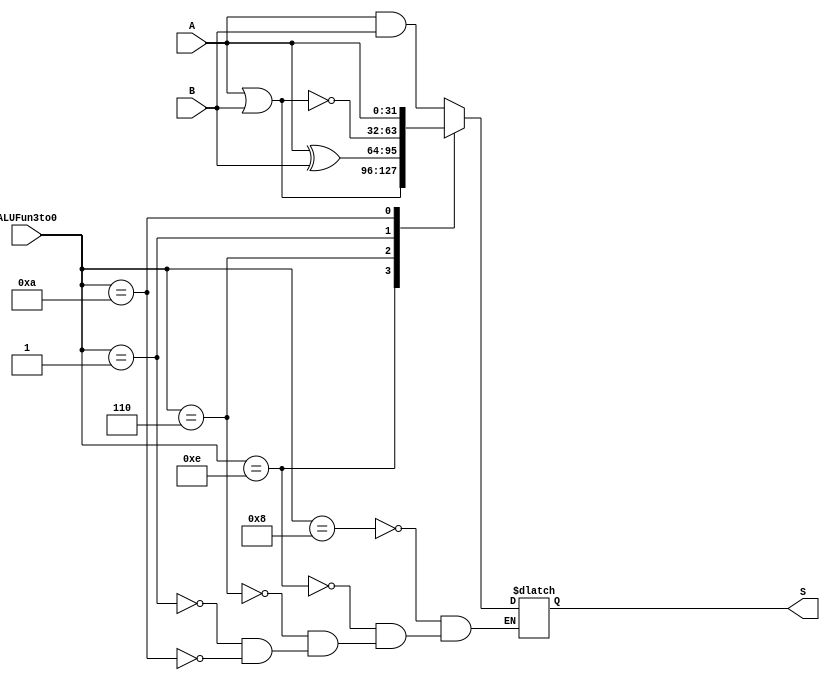
`timescale 1ns/1ns
module Logic (A,B,ALUFun3to0,S);

    input [31:0] A,B;               //two operands
    input [3:0] ALUFun3to0;         //ALUFun[3:0]

    output reg [31:0] S;            //result

    localparam  AND = 4'b1000,
                OR  = 4'b1110,
                XOR = 4'b0110,
                NOR = 4'b0001,
                MOV = 4'b1010;      //which is written as "A" in the guiding book

    always @ ( * )
    begin
        case(ALUFun3to0)
        AND:
            S <= A & B;
        OR:
            S <= A | B;
        XOR:
            S <= A ^ B;
        NOR:
            S <= ~(A | B);
        MOV:
            S <= A;
        default: ;
        endcase
    end

endmodule